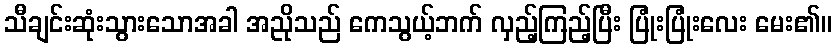
သီချင်းဆုံးသွားသောအခါ အညိုသည် ကေသွယ့်ဘက် လှည့်ကြည့်ပြီး ပြုံးပြုံးလေး မေး၏။